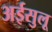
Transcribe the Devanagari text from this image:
अईसुलू